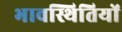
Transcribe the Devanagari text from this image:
भावस्थितियों